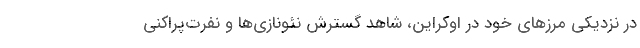
در نزدیکی مرزهای خود در اوکراین، شاهد گسترش نئونازی‌ها و نفرت‌پراکنی